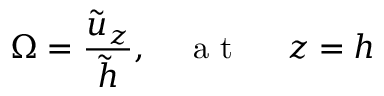
\Omega = \frac { \tilde { u } _ { z } } { \tilde { h } } , \quad \mathrm { ~ a ~ t ~ \ } \quad z = h